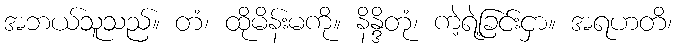
အဘယ်သူသည်။ တံ၊ ထိုမိန်းမကို။ နိန္ဒိတုံ၊ ကဲ့ရဲ့ခြင်းငှာ။ အရဟတိ၊